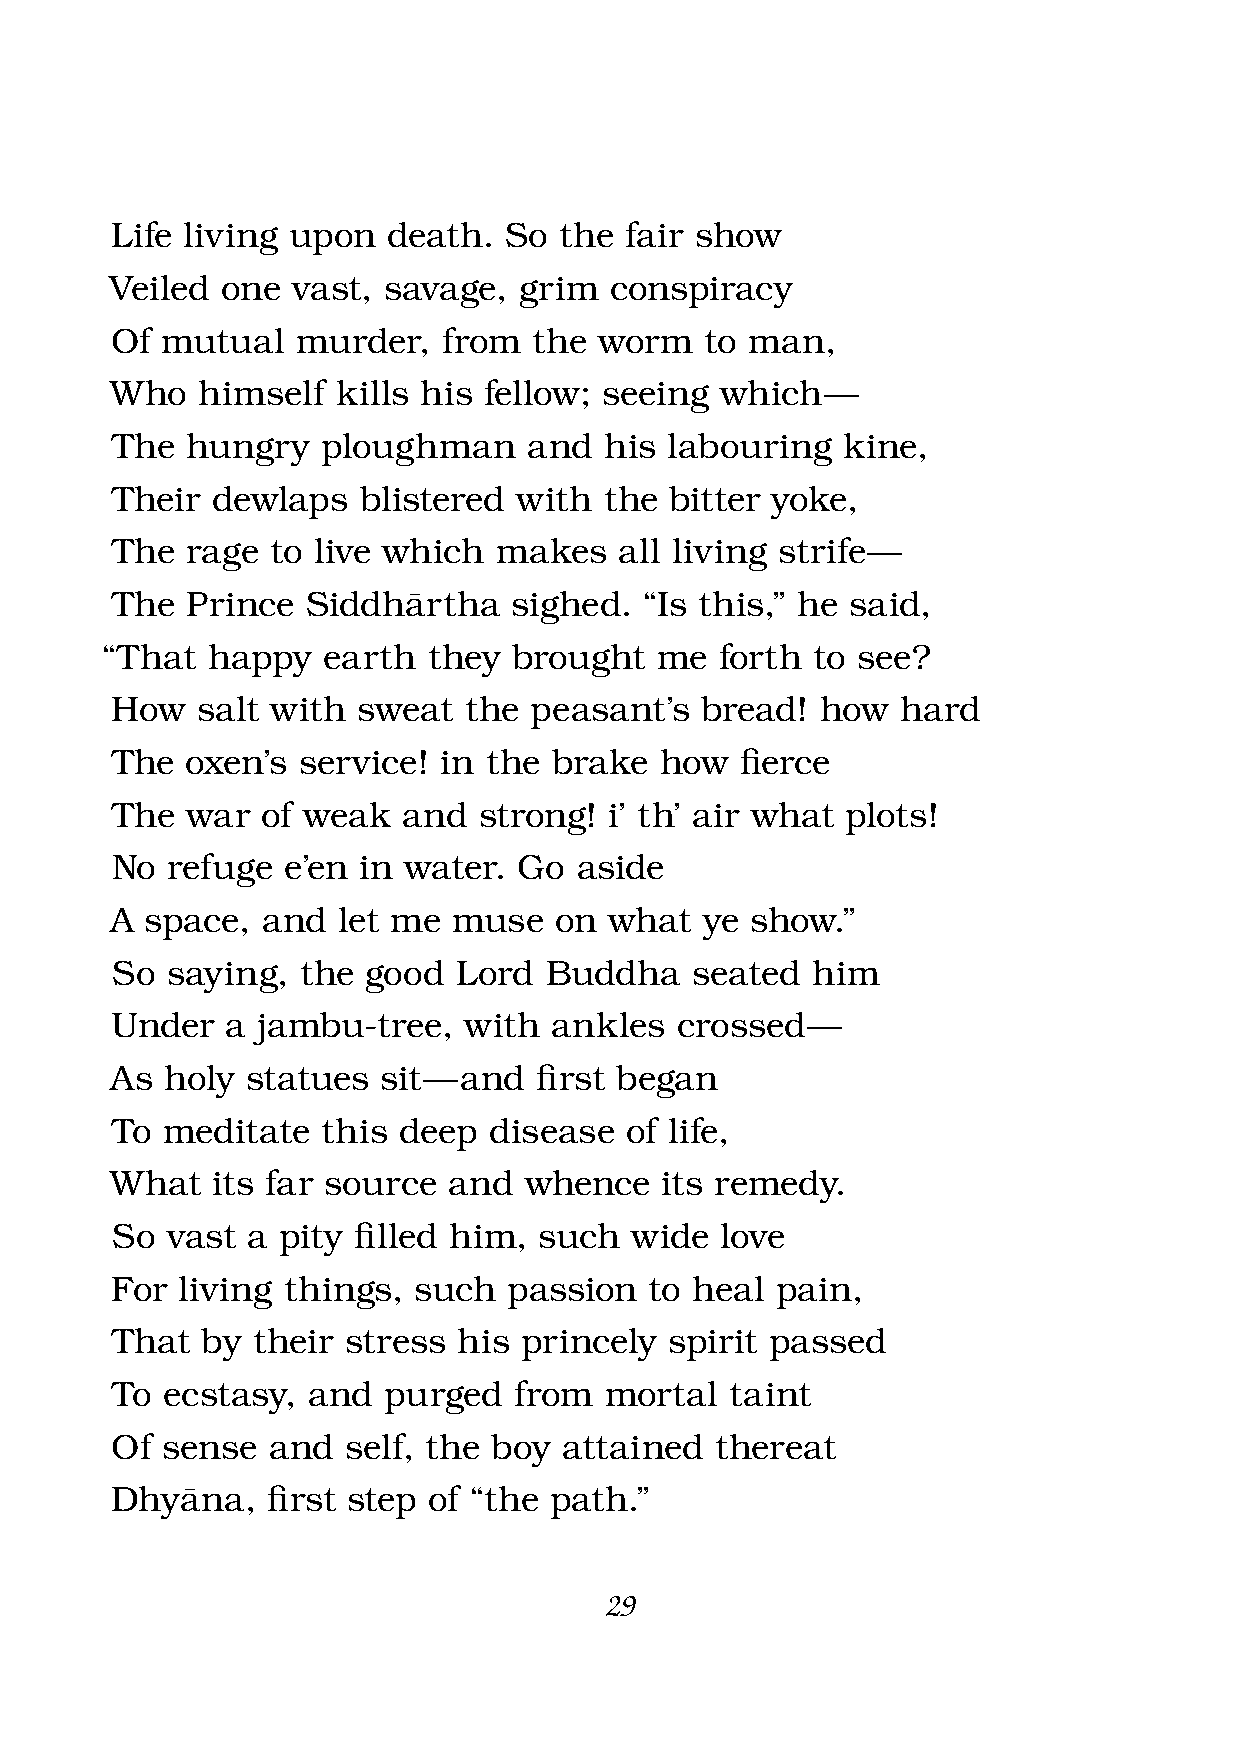
Life living upon   death. So  the fair show
 Veiled  one vast, savage,  grim  conspiracy
 Of  mutual   murder,  from  the  worm   to man,
 Who   himself  kills his fellow; seeing  which  —
 The  hungry   ploughman     and  his labouring   kine,
 Their  dewlaps   blistered with  the bitter yoke,
 The  rage  to live which  makes   all living strife —
 The  Prince  Siddhàrtha    sighed.  “Is this,” he said,
 “That  happy  earth  they  brought  me   forth to see?
 How   salt with  sweat  the peasant’s  bread!  how   hard
 The  oxen’s  service! in the  brake  how  fi erce
 The  war  of weak   and  strong! i’ th’ air what plots!
 No  refuge  e’en in water. Go  aside
 A  space, and  let me  muse   on what   ye show.”
 So  saying,  the good  Lord  Buddha    seated  him
 Under   a jambu-tree,   with  ankles  crossed —
 As  holy statues  sit — and fi rst began
 To  meditate  this deep  disease  of life,
 What   its far source  and  whence   its remedy.
 So  vast a pity fi lled him, such  wide  love
 For  living things, such   passion  to heal pain,
 That  by  their stress his princely  spirit passed
 To  ecstasy, and  purged   from  mortal  taint
 Of  sense  and  self, the boy attained  thereat
 Dhyàna,    fi rst step of “the path.”
 29